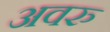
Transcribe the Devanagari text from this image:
अवरु